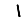
Digit: 1